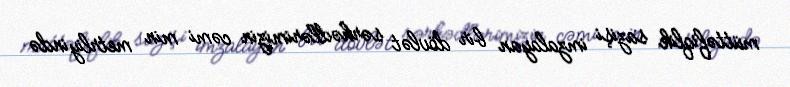
müttəfiqlik sazişi imzalayan bir dövlət sərhədlərimizin cəmi min metrliyində